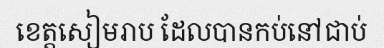
ខេត្តសៀមរាប ដែលបានកប់នៅជាប់